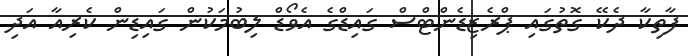
ފާތިކާ ދެކޭ ގޮތުގައި ޕްރެޒިޑެންޓްސް ގައިޑްގެ އެވޯޑް ލިބުމަކުން ގައިޑިން ކެރިއާ އަދި